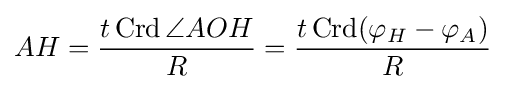
AH={\frac {t\operatorname {Crd} \angle AOH}{R}}={\frac {t\operatorname {Crd} (\varphi _{H}-\varphi _{A})}{R}}